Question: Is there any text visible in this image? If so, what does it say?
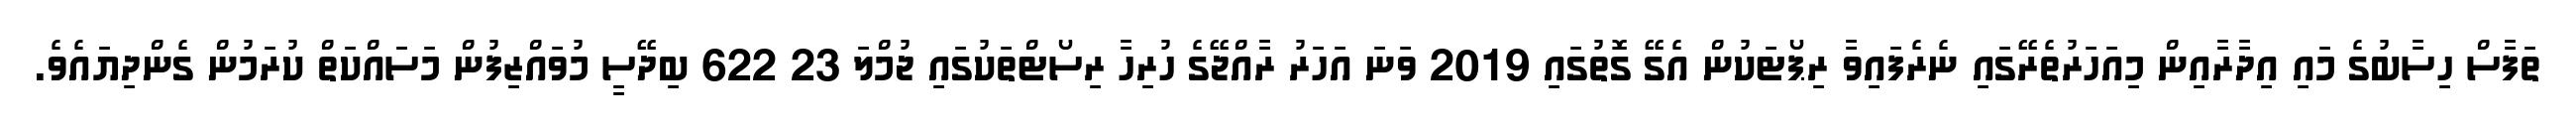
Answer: ތަފާސް ހިސާބުގެ މައި އިދާރާއިން މިއަހަރުތެރޭގައި ނެރެފައިވާ ރިޕޯޓަކުން އެގޭ ގޮތުގައި 2019 ވަނަ އަހަރު ރާއްޖޭގެ ހުރިހާ ރިސޯޓްތަކުގައި ޖުމްލަ 23 622 ބިދޭސީ މުވައްޒިފުން މަސައްކަތް ކުރަމުން ގެންދިޔައެވެ.